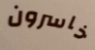
خاسرون